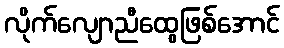
လိုက်လျောညီထွေဖြစ်အောင်